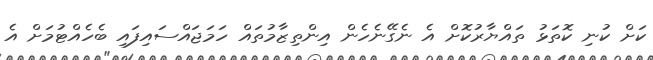
ކަށް ކުނި ކޮތަޅު ތައްޔާރުކޮށް އެ ނެގޭނެހެން އިންތިޒާމުތައް ހަމަޖައްސައިފައި ބެހެއްޓުމަށް އެ